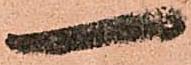
一